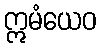
ဣမံယေဝ